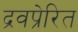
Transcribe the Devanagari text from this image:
द्रवप्रेरित